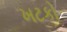
ખટકો